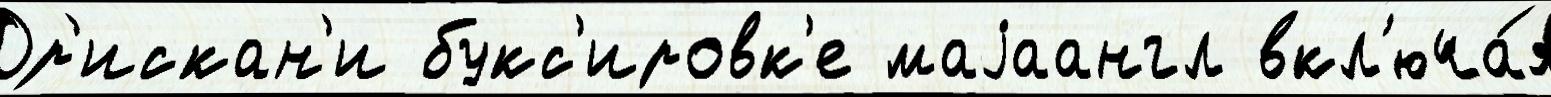
Ор'искан'и букс'ировк'е маjаангл вкл'юча́я